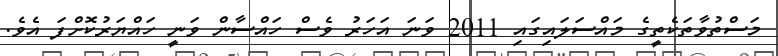
މަސްތުވާތަކެތީގެ މައްސަލައިގައި 2011 ވަނަ އަހަރު ވެސް ހައްސާން ވަނީ ހައްޔަރުކޮށްފަ އެވެ.